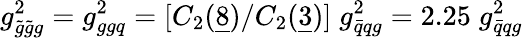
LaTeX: g_{\tilde{g}\tilde{g}g}^{2}=g_{ggq}^{2}=[C_{2}({\underline{{8}}})/C_{2}({\underline{{3}}})]\; g_{\bar{q}qg}^{2}=2.25\; g_{\bar{q}qg}^{2}